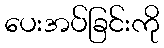
ပေးအပ်ခြင်းကို